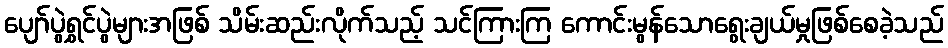
ပျော်ပွဲရွှင်ပွဲများအဖြစ် သိမ်းဆည်းလိုက်သည့် သင်ကြားကြ ကောင်းမွန်သောရွေးချယ်မှုဖြစ်စေခဲ့သည်